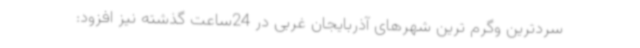
سردترین وگرم ترین شهرهای آذربایجان غربی در 24ساعت گذشته نیز افزود: